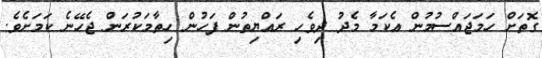
ގޮތަށް ހަމަޖައްސުމުން އެކަމާ މެދު ދިވެހި ރައްޔިތުން ފަހުން ހިތާމަކުރަން ޖެހޭނެ ކަމަށެވެ.